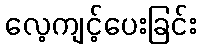
လေ့ကျင့်ပေးခြင်း